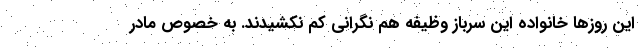
این روزها خانواده این سرباز وظیفه هم نگرانی کم نکشیدند. به خصوص مادر